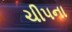
ચીપના